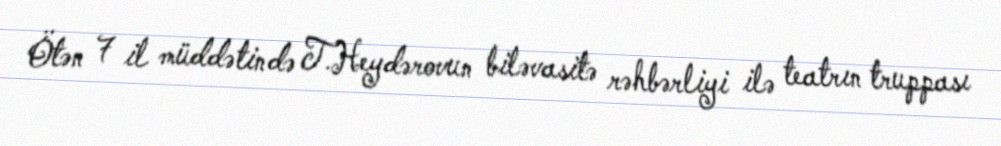
Ötən 7 il müddətində T.Heydərovun biləvasitə rəhbərliyi ilə teatrın truppası